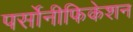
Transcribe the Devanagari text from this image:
पर्सोनीफिकेशन